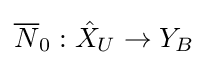
{\overline {N}}_{0}:{\hat {X}}_{U}\to Y_{B}